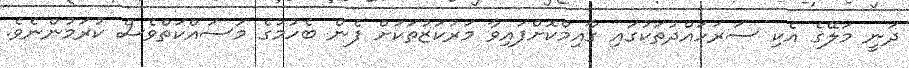
ދަނީ މަލޭގެ އެކި ސަރަަހައްދުތަކުގައި ގާއިމްކޮށްފައިވާ މަރުކަޒުތަކަށް ފެން ބެހުމުގެ މަސައްކަތްވެސް ކުރަމުންނެވެ.